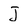
Character: J